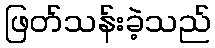
ဖြတ်သန်းခဲ့သည်